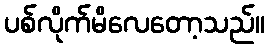
ပစ်လိုက်မိလေတော့သည်။